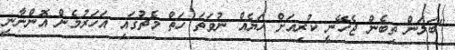
"ބަލަން ތިބެން ޖެހޭނީ ކުރިއަށް ހަޔެއް ނުވަތަ ހަތް މެޗުގައި އަހަރުމެން އޮންނާނީ